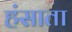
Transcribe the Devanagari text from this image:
हंसाता